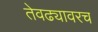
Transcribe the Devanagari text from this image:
तेवढ्यावरच